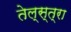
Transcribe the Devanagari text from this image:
तेल्स्त्रा